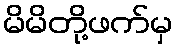
မိမိတို့ဖက်မှ